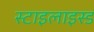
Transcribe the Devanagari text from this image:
स्टाइलाइस्ड